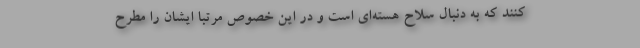
کنند که به دنبال سلاح هسته‌ای است و در این خصوص مرتبا ایشان را مطرح